Indian journal of veterinary science and animal husbandry - Volume 8,
Year: 1938
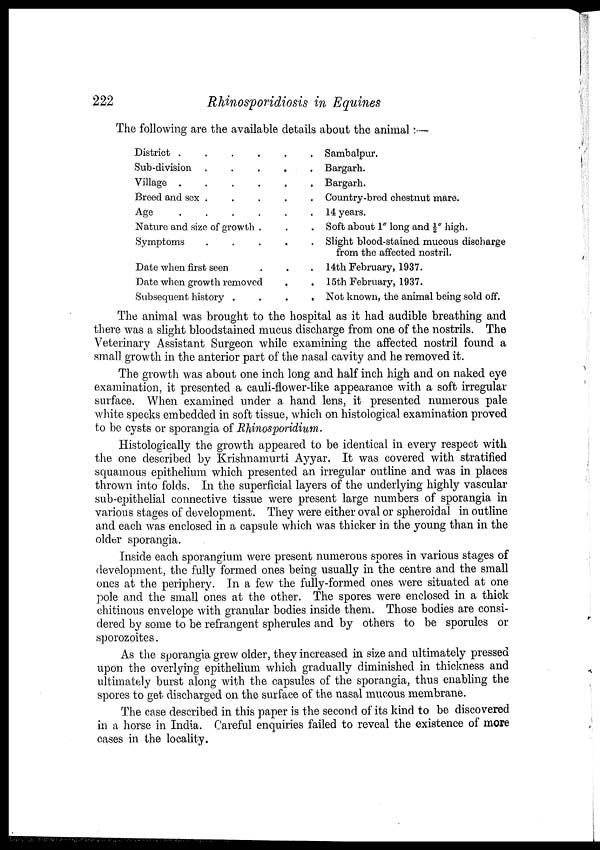
222
Rhinosporidiosis in Equines
The following are the available details about the animal :—
District .
.
.
.
. .
Sub-division .
.
.
. .
Village .
.
.
.
. .
Breed and sex .
.
.
. .
Age
.
.
. . . .
Nature and size of growth . . .
Symptoms . . . . .
Date when first seen . . .
Date when growth removed . .
Subsequent history . . . .
Sambalpur.
Bargarh.
Bargarh.
Country-bred chestnut mare.
14 years.
Soft about 1" long and ½" high.
Slight blood-stained mucous discharge
from the affected nostril.
14th February, 1937.
15th February, 1937.
Not known, the animal being sold off.
The animal was brought to the hospital as it had audible breathing and
there was a slight bloodstained mucus discharge from one of the nostrils. The
Veterinary Assistant Surgeon while examining the affected nostril found a
small growth in the anterior part of the nasal cavity and he removed it.
The growth was about one inch long and half inch high and on naked eye
examination, it presented a cauli-flower-like appearance with a soft irregular
surface. When examined under a hand lens, it presented numerous pale
white specks embedded in soft tissue, which on histological examination proved
to be cysts or sporangia of Rhinosporidium.
Histologically the growth appeared to be identical in every respect with
the one described by Krishnamurti Ayyar. It was covered with stratified
squamous epithelium which presented an irregular outline and was in places
thrown into folds. In the superficial layers of the underlying highly vascular
sub-epithelial connective tissue were present large numbers of sporangia in
various stages of development. They were either oval or spheroidal in outline
and each was enclosed in a capsule which was thicker in the young than in the
older sporangia.
Inside each sporangium were present numerous spores in various stages of
development, the fully formed ones being usually in the centre and the small
ones at the periphery. In a few the fully-formed ones were situated at one
pole and the small ones at the other. The spores were enclosed in a thick
chitinous envelope with granular bodies inside them. Those bodies are consi-
dered by some to be refrangent spherules and by others to be sporules or
sporozoites.
As the sporangia grew older, they increased in size and ultimately pressed
upon the overlying epithelium which gradually diminished in thickness and
ultimately burst along with the capsules of the sporangia, thus enabling the
spores to get discharged on the surface of the nasal mucous membrane.
The case described in this paper is the second of its kind to be discovered
in a horse in India. Careful enquiries failed to reveal the existence of more
cases in the locality.